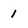
Character: 1